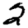
Digit: 2